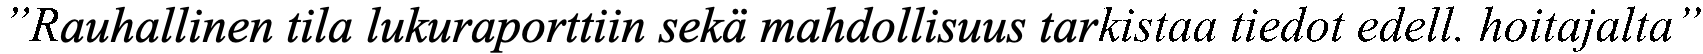
”Rauhallinen tila lukuraporttiin sekä mahdollisuus tarkistaa tiedot edell. hoitajalta”